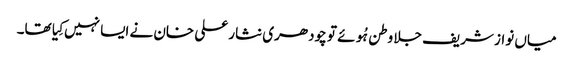
میاں نواز شریف جلا وطن ہُوئے تو چودھری نثار علی خان نے ایسا نہیں کِیا تھا۔